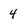
Character: 4